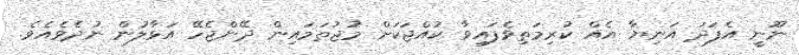
ނޫނީ އެފަދަ އަނިޔާ އެއް ކުރިމަތިވެފައިވާ ކުއްޖަކަށް މުޖުތަމައިން ދޭންޖެހޭ އަޅާލުން ނުދެވެއެވެ.